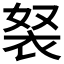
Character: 𧘽